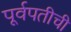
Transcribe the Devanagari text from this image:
पूर्वपतीची